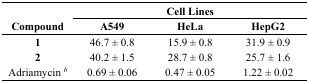
|  | <COLSPAN=3> Cell Lines |
 | Compound | A549 | HeLa | HepG2 |
 | --- | --- | --- | --- |
 | 1 | 46.7 ± 0.8 | 15.9 ± 0.8 | 31.9 ± 0.9 |
 | 2 | 40.2 ± 1.5 | 28.7 ± 0.8 | 25.7 ± 1.6 |
 | Adriamycin b | 0.69 ± 0.06 | 0.47 ± 0.05 | 1.22 ± 0.02 |